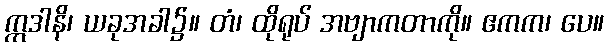
ဣဒါနိ၊ ယခုအခါ၌။ တံ၊ ထိုရုပ် အဗျာကတာကို။ ဧကက၊ ပေ။